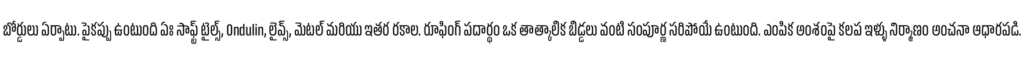
బోర్డులు ఏర్పాటు. పైకప్పు ఉంటుంది ఏః సాఫ్ట్ టైల్స్, Ondulin, లైవ్స్, మెటల్ మరియు ఇతర రకాల. రూఫింగ్ పదార్థం ఒక తాత్కాలిక బిడ్డలు వంటి సంపూర్ణ సరిపోయే ఉంటుంది. ఎంపిక అంశంపై కలప ఇళ్ళు నిర్మాణం అంచనా ఆధారపడి.